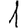
Digit: 1